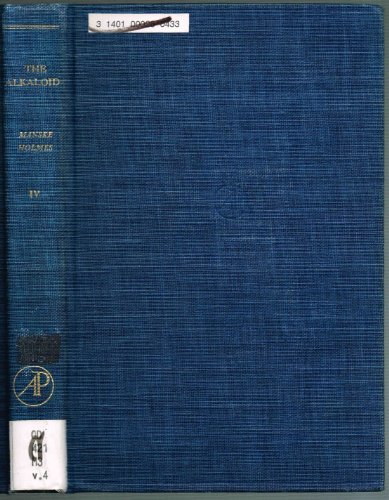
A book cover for THE ALKALOIDS: Volume IV; Chemistry and Physiology.; Richard Helmuth Fred (Ed); Holmes, H. L. (Ed); Reti, L.; Burger, Alfred; Ashford, Walter R.; et.al. Manske; Science & Math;